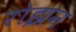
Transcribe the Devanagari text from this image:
रोझन